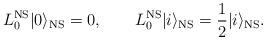
LaTeX: \begin{align*}L_0^{\rm NS}|0\rangle_{\rm NS} = 0, \qquad L_0^{\rm NS}|i\rangle_{\rm NS} = \frac{1}{2} |i\rangle_{\rm NS}.\end{align*}